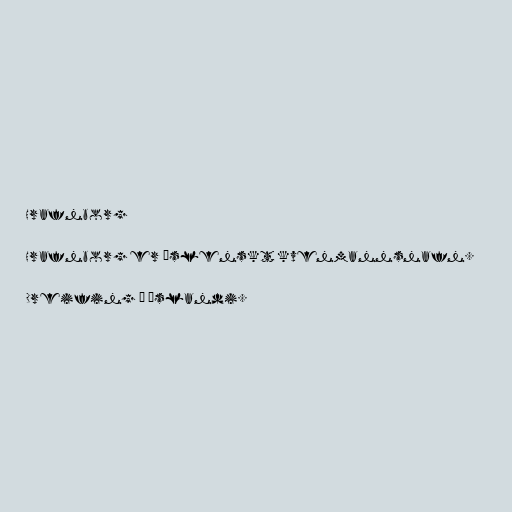
Hrafnborg

Hrafnborg er íslenskt kvenmannsnafn.

Dreifing á Íslandi.